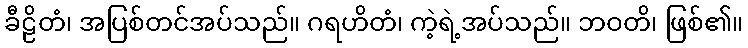
ခီဠိတံ၊ အပြစ်တင်အပ်သည်။ ဂရဟိတံ၊ ကဲ့ရဲ့အပ်သည်။ ဘဝတိ၊ ဖြစ်၏။